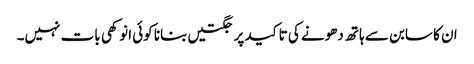
ان کا سابن سے ہاتھ دھونے کی تاکید پر جگتیں بنانا کوئی انوکھی بات نہیں۔